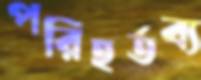
পরিহর্তব্য